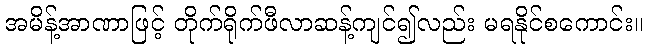
အမိန့်အာဏာဖြင့် တိုက်ရိုက်ဖီလာဆန့်ကျင်၍လည်း မရနိုင်စကောင်း။